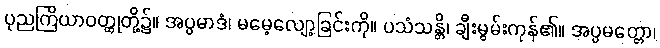
ပုညကြိယာဝတ္ထုတို့၌။ အပ္ပမာဒံ၊ မမေ့လျော့ခြင်းကို။ ပသံသန္တိ၊ ချီးမွမ်းကုန်၏။ အပ္ပမတ္တော၊